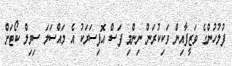
ފުލުހުންގެ ވަޒީފާއިން ވަކިކުރަން ނިންމި ފަސް އޮފިސަރަކު އެ މައްސަލަ ސިވިލް ކޯޓަށް